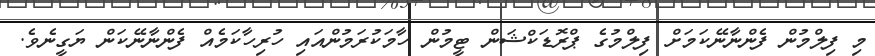
މި ފިލްމުން ފެންނާނޭކަމަށް ފިލްމުގެ ޕްރޮޑަކްޝަން ޓީމުން ހާމަކުރަމުންއައި ހުރިހާކަމެއް ފެންނާނޭކަން ޔަގީނެވެ.